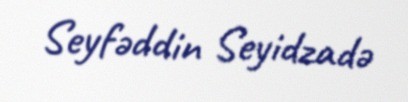
Seyfəddin Seyidzadə